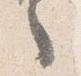
之